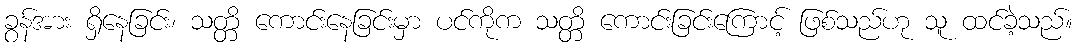
ခွန်အား ရှိနေခြင်း၊ သတ္တိ ကောင်းနေခြင်းမှာ ပင်ကိုက သတ္တိ ကောင်းခြင်းကြောင့် ဖြစ်သည်ဟု သူ ထင်ခဲ့သည်။